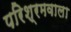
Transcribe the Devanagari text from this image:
परिश्रमवाला